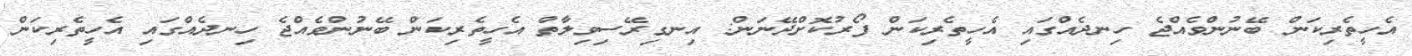
އެހީތެރިކަން ބޭނުންވެއްޖެ ހިނދެއްގައި އެހީތެރިކަން ފޯރުކޮށްދޭނަން: އިނގިރޭސިވިލާތް އެހީތެރިކަން ބޭނުންވެއްޖެ ހިނދެއްގައި އެހީތެރިކަން